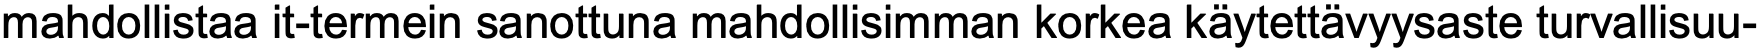
mahdollistaa it-termein sanottuna mahdollisimman korkea käytettävyysaste turvallisuu-